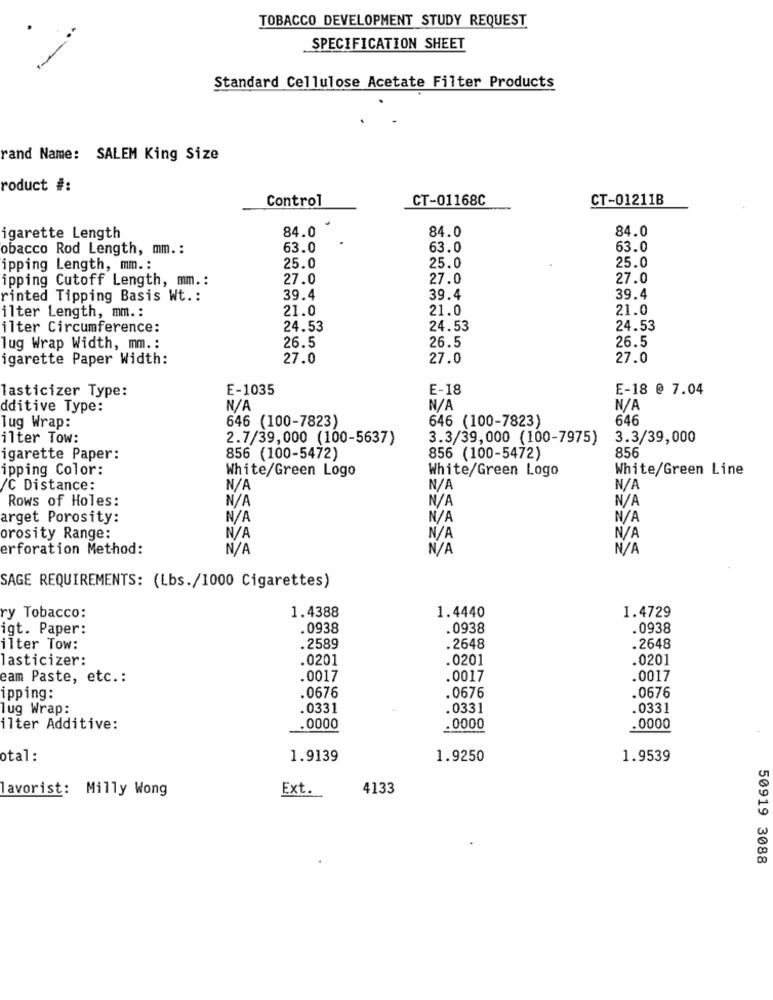
TOBACCO DEVELOPMENT STUDY REQUEST
SPECIFICATION SHEET
Standard Cellulose Acetate Filter Products
rand Name: SALEM King Size
roduct #:
Control
CT-01168C
CT-01211B
84.0
84.0
igarette Length
84.0
obacco Rod Length, mm .:
63.0
63.0
63.0
ipping Length, mm. :
25.0
25.0
25.0
ipping Cutoff Length, mm .:
27.0
27.0
27.0
rinted Tipping Basis Wt .:
39.4
39.4
39.4
21.0
21.0
21.0
ilter Length, mm .:
ilter Circumference:
24.53
24.53
24.53
26.5
lug Wrap Width, mm .:
26.5
26.5
igarette Paper Width:
27.0
27.0
27.0
lasticizer Type:
E-1035
E-18
E-18 @ 7.04
dditive Type:
646 (100-7823)
646 (100-7823)
646
lug Wrap:
ilter Tow:
2.7/39,000 (100-5637)
3.3/39,000 (100-7975)
3.3/39,000
856
igarette Paper:
856 (100-5472)
856 (100-5472)
ipping Color:
White/Green Logo
White/Green Logo
White/Green Line
/C Distance:
Rows of Holes:
N/F
arget Porosity:
N/F
orosity Range:
N/F
erforation Method:
SAGE REQUIREMENTS: (Lbs./1000 Cigarettes)
1.4388
1.4729
ry Tobacco:
1.4440
igt. Paper:
.0938
0938
.0938
ilter Tow:
.2589
.2648
.2648
lasticizer:
.0201
.0201
.0201
cam Paste, etc .:
.0017
.0017
.0017
ipping:
.0676
.0676
.0676
lug Wrap:
.0331
.0331
.0331
ilter Additive:
.0000
.0000
.0000
otal:
1.9139
1.9250
1.9539
lavorist: Milly Wong
Ext.
4133
50919 3088